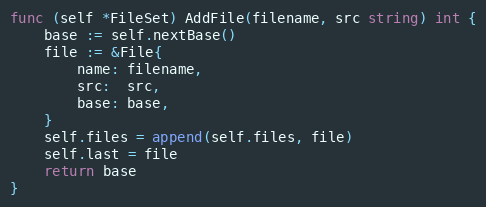
Language: Go
func (self *FileSet) AddFile(filename, src string) int {
	base := self.nextBase()
	file := &File{
		name: filename,
		src:  src,
		base: base,
	}
	self.files = append(self.files, file)
	self.last = file
	return base
}